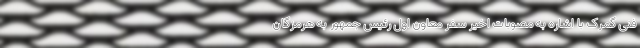
فنی گمرک با اشاره به مصوبات اخیر سفر معاون اول رئیس جمهور به هرمزگان